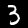
Label: 3